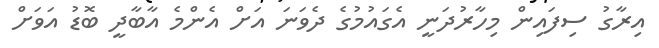
އިރާގު ސިފައިން މިހާރުދަނީ އެގައުމުގެ ދެވަނަ އަށް އެންމެ އާބާދީ ބޮޑު އަވަށް